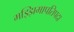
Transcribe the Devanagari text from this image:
मझ्झिमापतिपदा